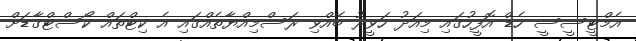
އެމްޓީސީސީ ހެޑް އޮފީހުގައި މިއަދު ހަވީރު ބޭއްވި ރަސްމިއްޔާތެއްގައި އެ ކިޓްތައް ކޯސްޓްގާޑަށް